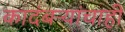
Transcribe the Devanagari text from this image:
कादंबऱ्यांचाही